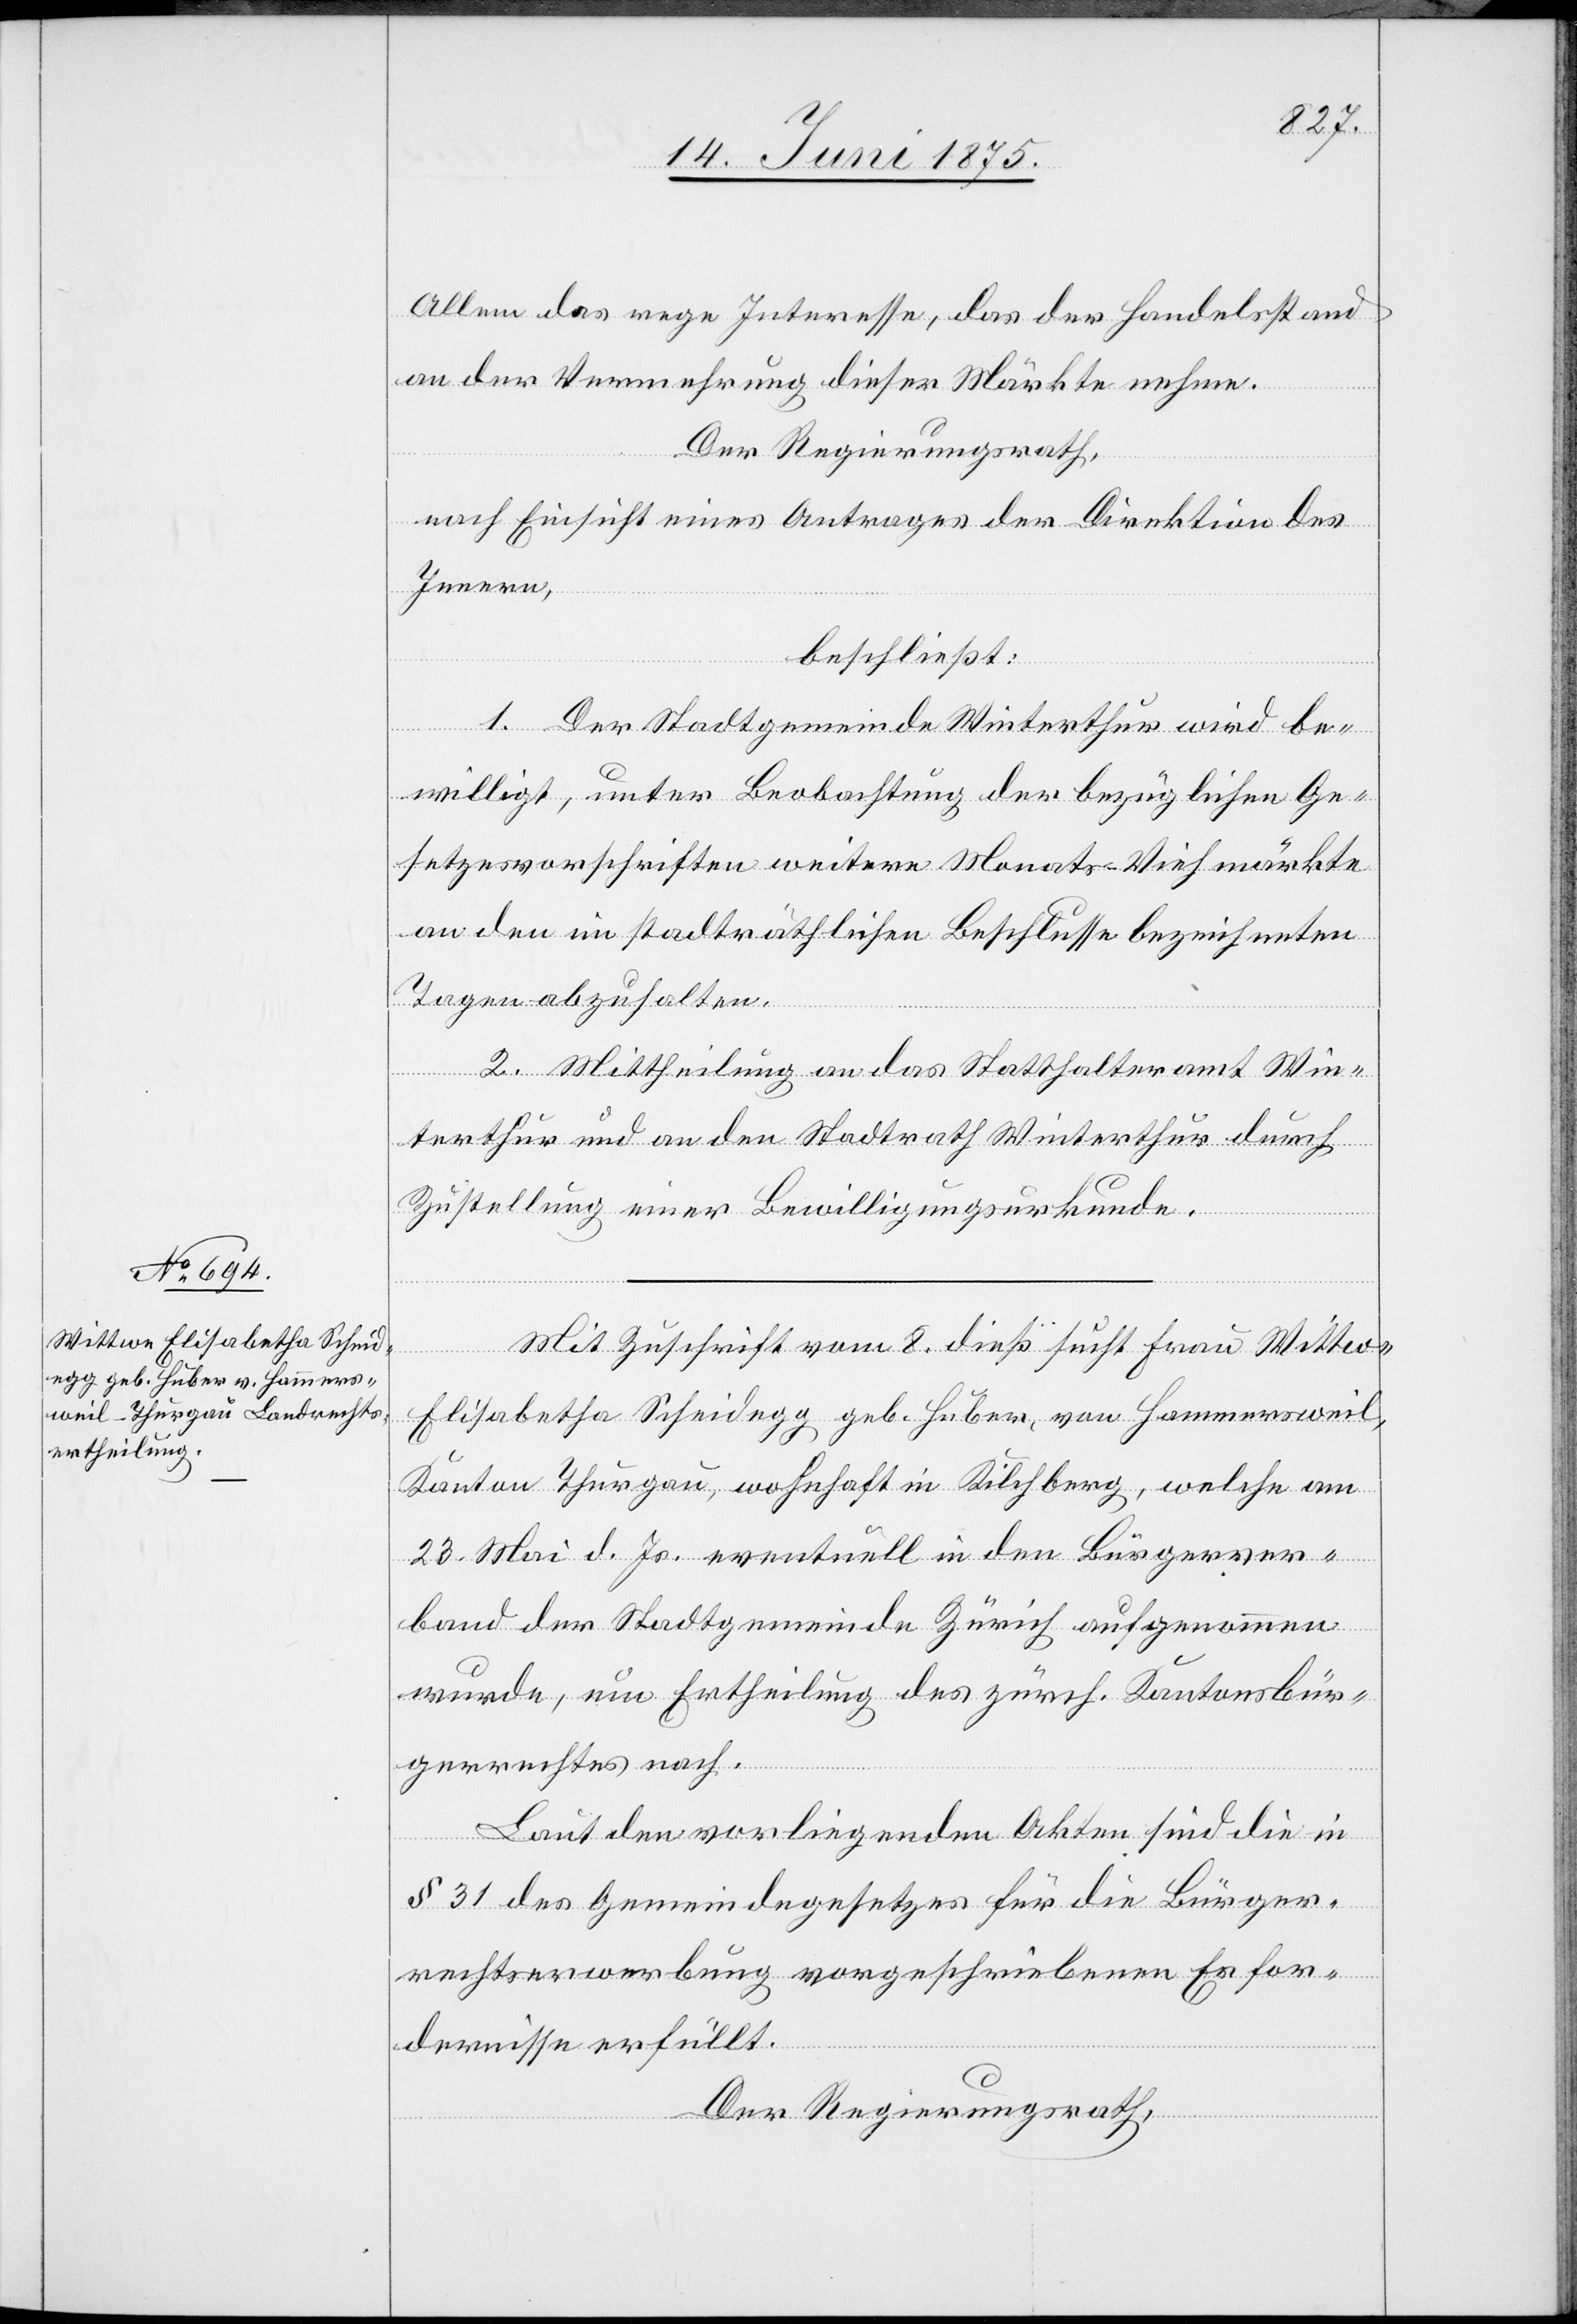
Allem das rege Interesse, das der Handelsstand
an der Vermehrung dieser Märkte nehme.
Der Regierungsrath,
nach Einsicht eines Antrages der Direktion des
Innern,
beschließt:
1. Der Stadtgemeinde Winterthur wird be¬
willigt, unter Beobachtung der bezüglichen Ge¬
setzesvorschriften weitere Monats-Viehmärkte
an den im stadträthlichen Beschlusse bezeichneten
Tagen abzuhalten.
2. Mittheilung an das Statthalteramt Win¬
terthur und an den Stadtrath Winterthur durch
Zustellung einer Bewilligungsurkunde.
Mit Zuschrift vom 8. dieß. sucht Frau Wittwe
Elisabetha Scheidegg geb. Huber, von Hammersweil,
Kanton Thurgau, wohnhaft in Kilchberg, welche am
23. Mai d. Js. eventuell in den Bürgerver¬
band der Stadtgemeinde Zürich aufgenommen
wurde, um Ertheilung des zürch. Kantonsbür¬
gerrechtes nach.
Laut den vorliegenden Akten sind die in
§ 31 des Gemeindegesetzes für die Bürger¬
rechtserwerbung vorgeschriebenen Erfor¬
dernisse erfüllt.
Der Regierungsrath,